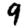
Digit: 9